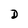
Character: D